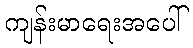
ကျန်းမာရေးအပေါ်